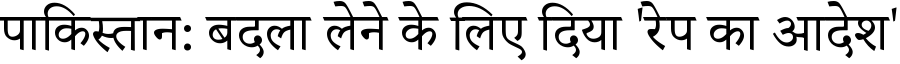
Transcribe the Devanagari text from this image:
पाकिस्तान: बदला लेने के लिए दिया 'रेप का आदेश'